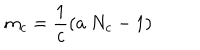
LaTeX: m _ { c } = \frac { 1 } { c } ( a ~ N _ { c } - 1 ) \, \, \, \, \,